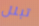
تبلل